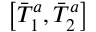
\left[ \Bar { T } _ { 1 } ^ { a } , \Bar { T } _ { 2 } ^ { a } \right]